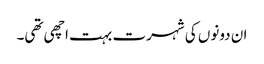
ان دونوں کی شہرت بہت اچھی تھی۔